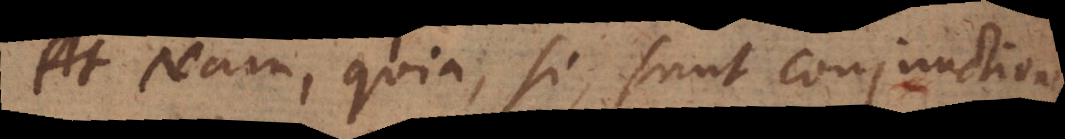
At Nam, quia, si, sunt conjunctiones.